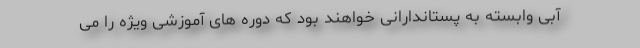
آبی وابسته به پستاندارانی خواهند بود که دوره های آموزشی ویژه را می